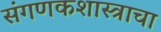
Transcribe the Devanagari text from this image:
संगणकशास्त्राचा